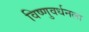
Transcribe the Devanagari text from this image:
विष्णुवर्धनला